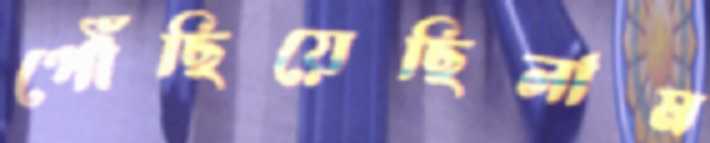
পৌঁছিয়েছিলাম